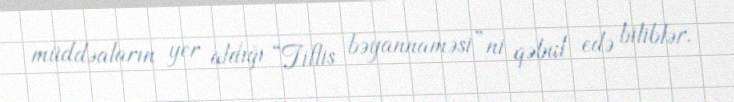
müddəaların yer aldığı “Tiflis bəyannaməsi”ni qəbul edə biliblər.